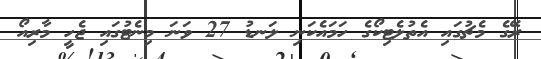
ރޭގެ މެޗުގައި އެތުލެޓިކޯގެ ހަމައެކަނި ލަނޑު 27 ވަނަ މިނެޓުގައި ޖެހީ މާރިއޯ